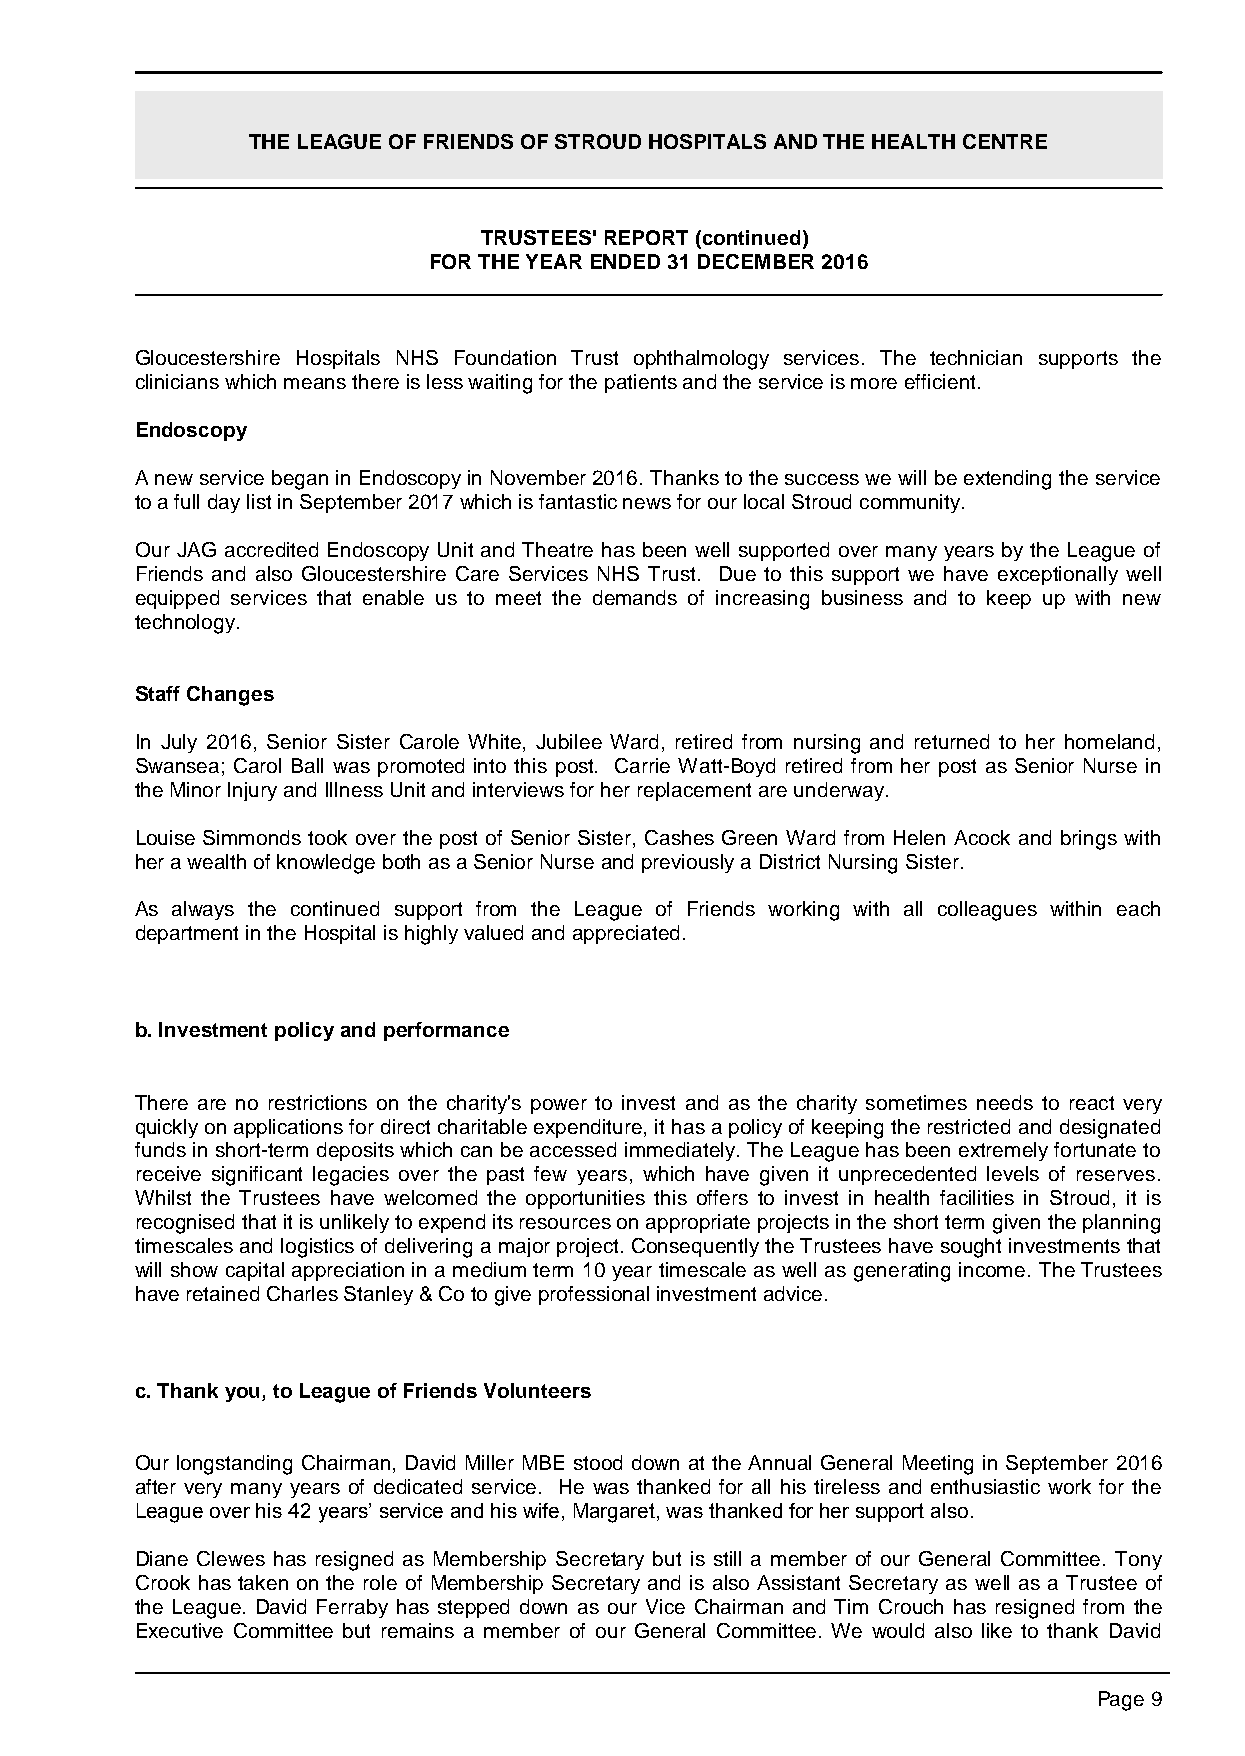
THE LEAGUE OF FRIENDS OF STROUD HOSPITALS AND THE HEALTH CENTRE
 TRUSTEES' REPORT (continued)
 FOR THE YEAR ENDED 31 DECEMBER 2016
 Gloucestershire Hospitals NHS Foundation Trust ophthalmology services. The technician supports the
 clinicians which means there is less waiting for the patients and the service is more efficient.
 Endoscopy
 A new service began in Endoscopy in November 2016. Thanks to the success we will be extending the service
 to a full day list in September 2017 which is fantastic news for our local Stroud community.
 Our JAG accredited Endoscopy Unit and Theatre has been well supported over many years by the League of
 Friends and also Gloucestershire Care Services NHS Trust. Due to this support we have exceptionally well
 equipped services that enable us to meet the demands of increasing business and to keep up with new
 technology.
 Staff Changes
 In July 2016, Senior Sister Carole White, Jubilee Ward, retired from nursing and returned to her homeland,
 Swansea; Carol Ball was promoted into this post. Carrie Watt-Boyd retired from her post as Senior Nurse in
 the Minor Injury and Illness Unit and interviews for her replacement are underway.
 Louise Simmonds took over the post of Senior Sister, Cashes Green Ward from Helen Acock and brings with
 her a wealth of knowledge both as a Senior Nurse and previously a District Nursing Sister.
 As always the continued support from the League of Friends working with all colleagues within each
 department in the Hospital is highly valued and appreciated.
 b. Investment policy and performance
 There are no restrictions on the charity's power to invest and as the charity sometimes needs to react very
 quickly on applications for direct charitable expenditure, it has a policy of keeping the restricted and designated
 funds in short-term deposits which can be accessed immediately. The League has been extremely fortunate to
 receive significant legacies over the past few years, which have given it unprecedented levels of reserves.
 Whilst the Trustees have welcomed the opportunities this offers to invest in health facilities in Stroud, it is
 recognised that it is unlikely to expend its resources on appropriate projects in the short term given the planning
 timescales and logistics of delivering a major project. Consequently the Trustees have sought investments that
 will show capital appreciation in a medium term 10 year timescale as well as generating income. The Trustees
 have retained Charles Stanley & Co to give professional investment advice.
 c. Thank you, to League of Friends Volunteers
 Our longstanding Chairman, David Miller MBE stood down at the Annual General Meeting in September 2016
 after very many years of dedicated service. He was thanked for all his tireless and enthusiastic work for the
 League over his 42 years’ service and his wife, Margaret, was thanked for her support also.
 Diane Clewes has resigned as Membership Secretary but is still a member of our General Committee. Tony
 Crook has taken on the role of Membership Secretary and is also Assistant Secretary as well as a Trustee of
 the League. David Ferraby has stepped down as our Vice Chairman and Tim Crouch has resigned from the
 Executive Committee but remains a member of our General Committee. We would also like to thank David
 Page 9